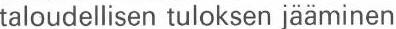
taloudellisen tuloksen jääminen